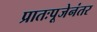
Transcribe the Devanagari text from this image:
प्रातःपूजेनंतर